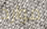
موارد